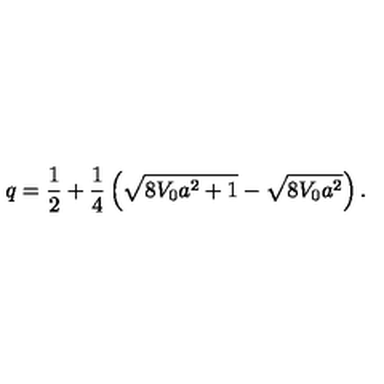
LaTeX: q = \frac { 1 } { 2 } + \frac { 1 } { 4 } \left( \sqrt { 8 V _ { 0 } a ^ { 2 } + 1 } - \sqrt { 8 V _ { 0 } a ^ { 2 } } \right) .